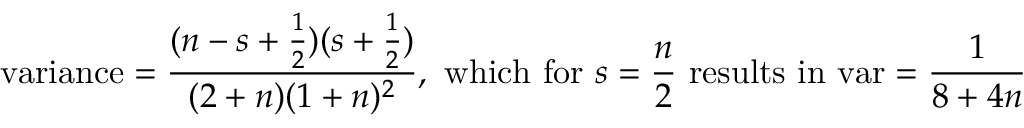
{ \mathrm { v a r i a n c e } } = { \frac { ( n - s + { \frac { 1 } { 2 } } ) ( s + { \frac { 1 } { 2 } } ) } { ( 2 + n ) ( 1 + n ) ^ { 2 } } } , { \mathrm { ~ w h i c h ~ f o r ~ } } s = { \frac { n } { 2 } } { \mathrm { ~ r e s u l t s ~ i n ~ v a r } } = { \frac { 1 } { 8 + 4 n } }